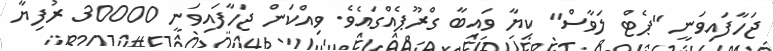
ޖަހާފައިވަނީ "ޕެޓް ލަވާސް" ކިޔާ ވައިބާ ގްރޫޕެއްގައެވެ. ވިއްކަން ޖަހާފައިވަނީ 30000 ރުފިޔާ